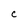
Character: c